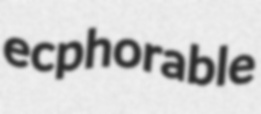
ecphorable